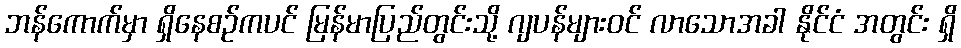
ဘန်ကောက်မှာ ရှိနေစဉ်ကပင် မြန်မာပြည်တွင်းသို့ ဂျပန်များဝင် လာသောအခါ နိုင်ငံ အတွင်း ရှိ